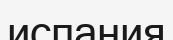
испания